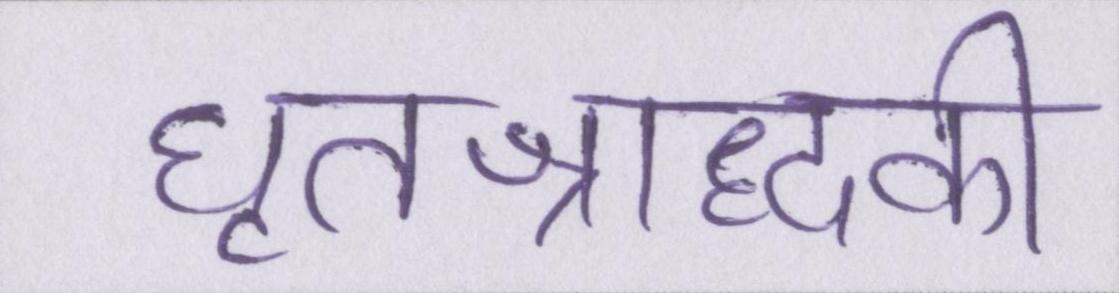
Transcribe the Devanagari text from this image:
घृतश्राद्धकी